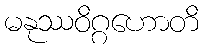
မနုဿဝိဂ္ဂဟောတိ